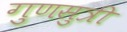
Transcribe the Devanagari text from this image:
गुणसुत्री